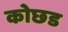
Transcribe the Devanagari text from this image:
कोछड